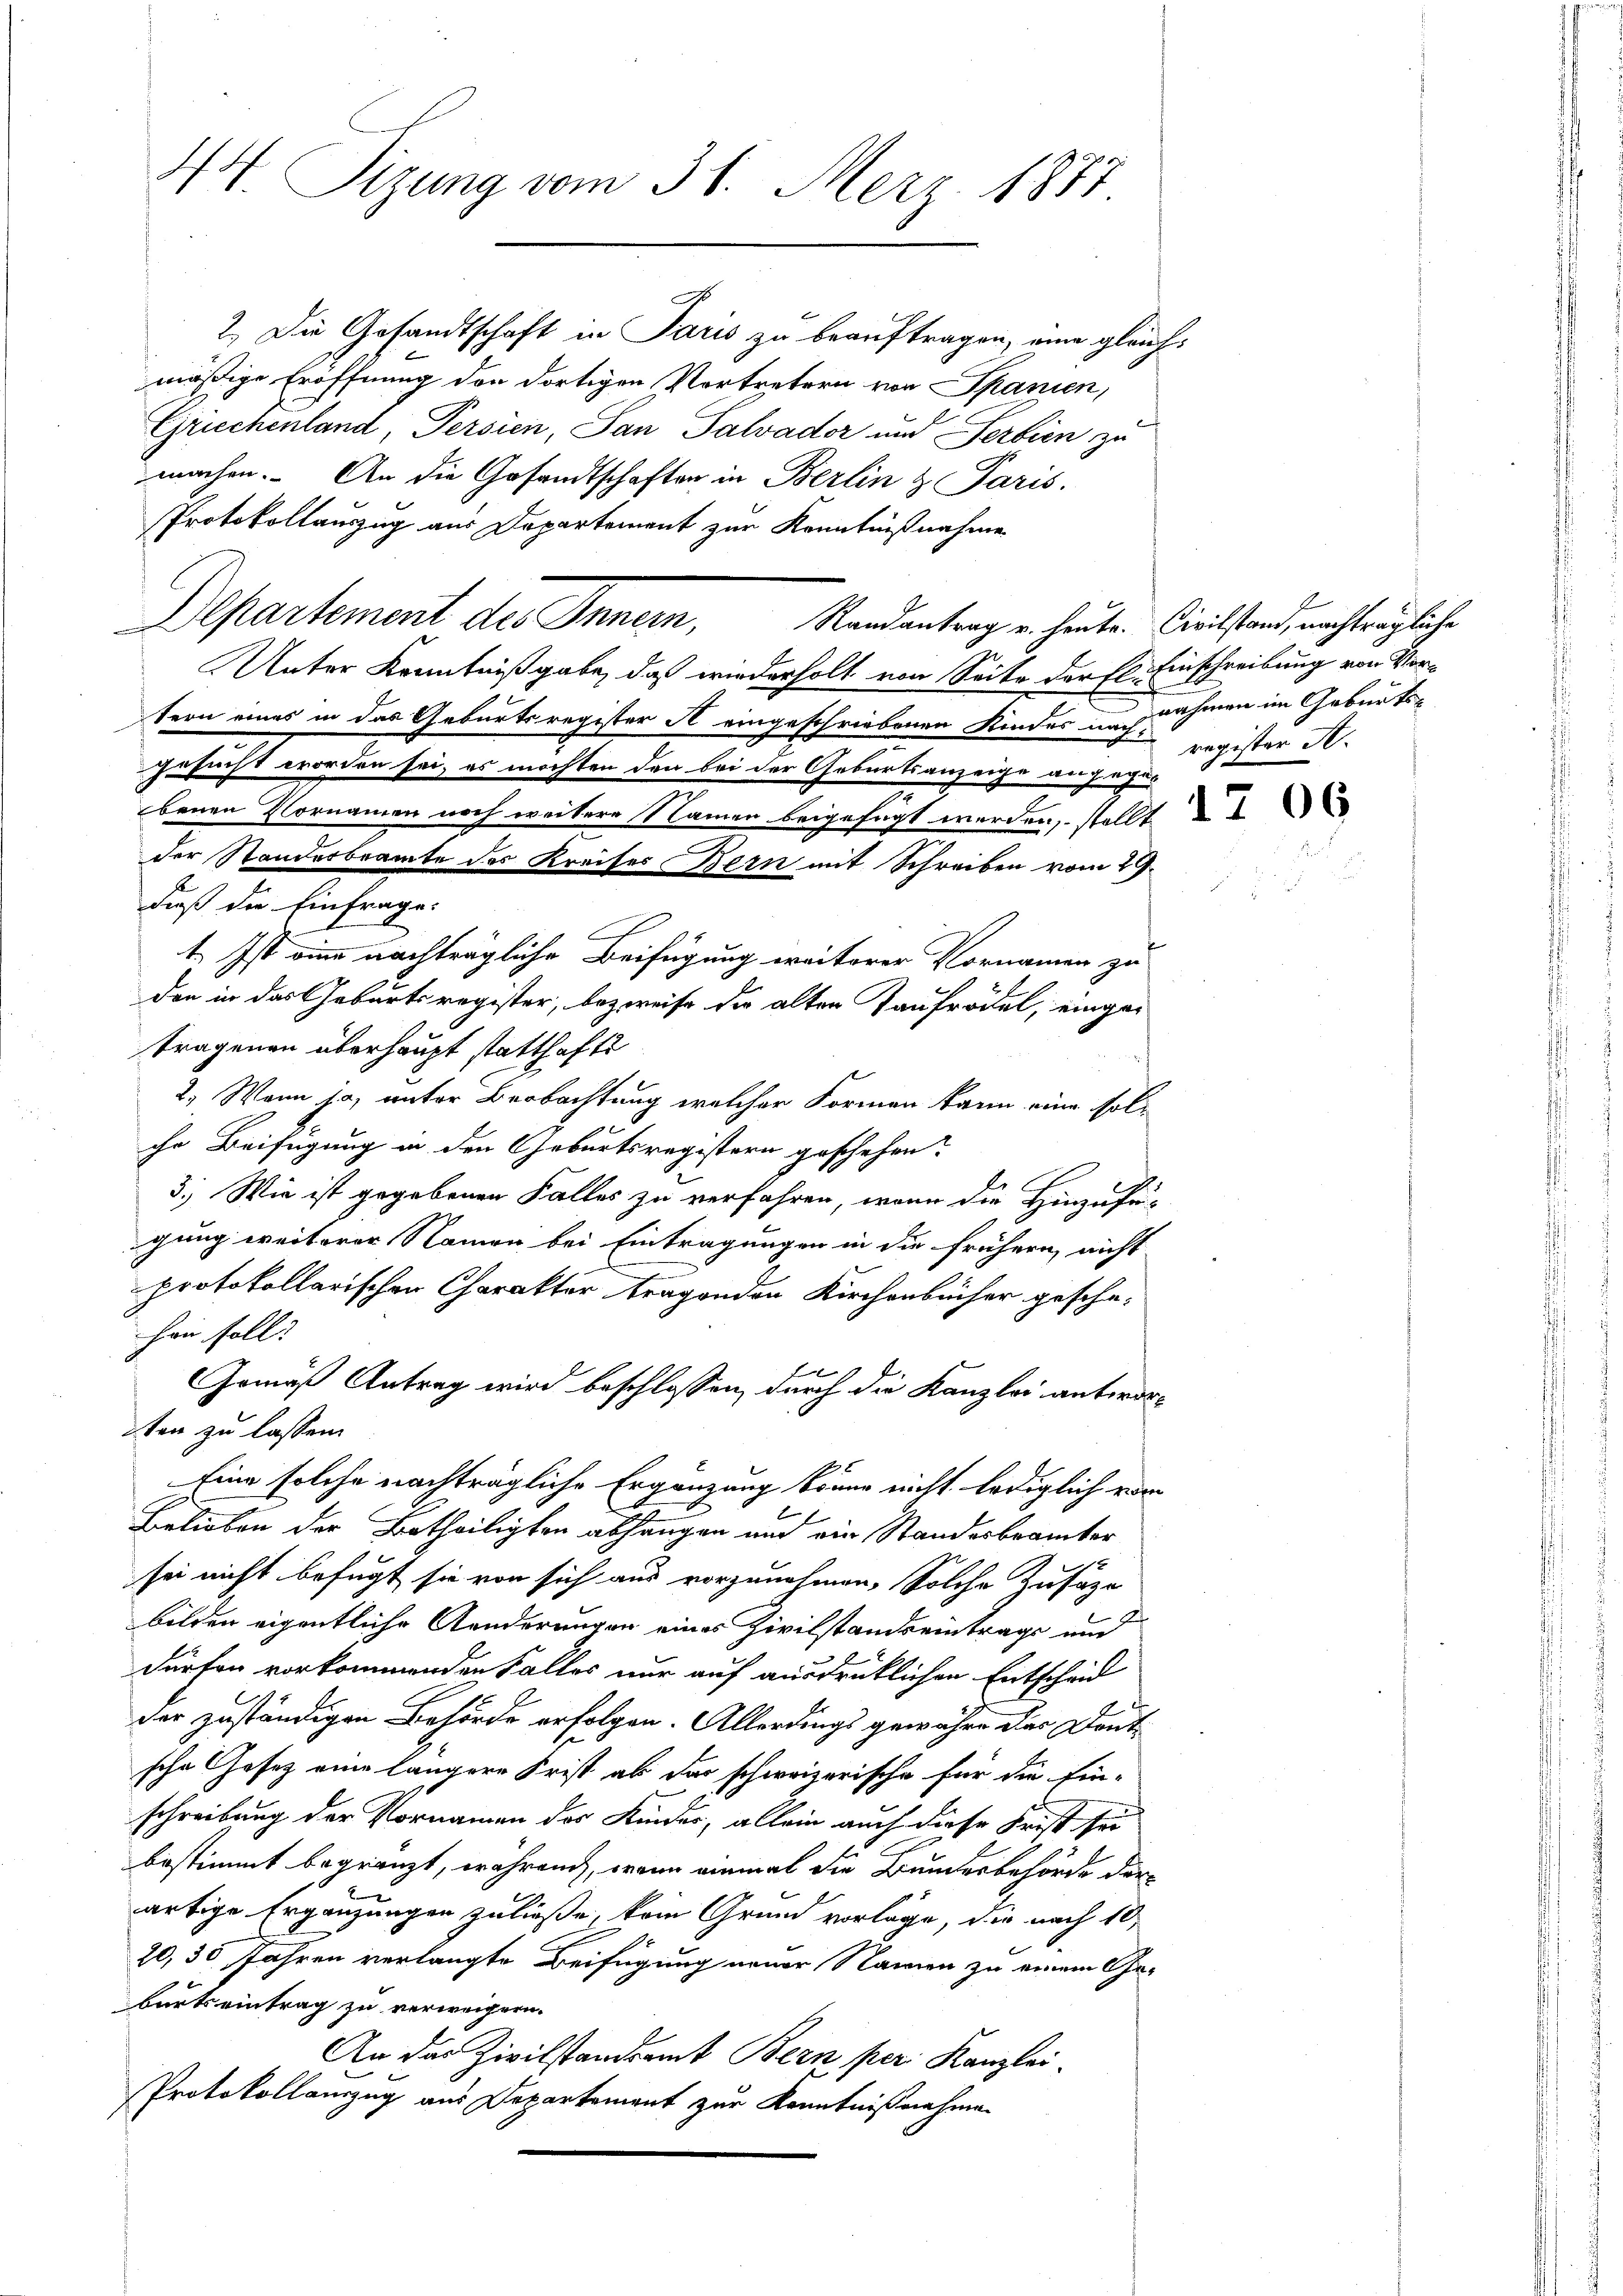
44. Sizung vom 31. Merz 1877

2.) Die Gesandtschaft in Paris zu beauftragen, eine gleichmäßige Eröffnung den dortigen Vortretern von Spanien,
Griechenland, Persien, San Salvader und Serbien zu
machen. An die Gesandtschaften in Berlin & Paris.
Protokollauszug aus Departement zur Kenntnißnahme
Unter Kenntnißgabe, daß wiederholt von Seite der El. Einschreibung von Vortern eines in das Geburtsregister A eingeschriebenen Kinder nachnahmen im Geburts-
gesucht worden sei, es möchten den bei der Geburtsanzeige angegen
benen Vornamen noch weitere Namen beigesagt werden, stellt
der Standesbrante des Kreises Bern mit Schreiben vom 29.
dieß die Einfrage:
1. Ist eine nachträgliche Beifügung ereiterer Vornamen zu
den in das Geburtsregister, bezweife die alten Taufrödel, eingetragenen überhaupt statthafte
2.) Wann ja, unter Beobachtung welcher Formen kann eine solche Beifügung in den Geburtsregistern geschehen.
3.) Wie ist gegebenen Falles zu verfahren, wenn die Hinzufü-
gung weiterer Namen bei Eintragungen in die frühern, nicht
.
protokollarischen Charakter tragenden Kirchenbücher gesche-
han soll.

Gemäß Antrag wird beschlossen, durch die Kanzlei antworten zu lassen.
Eine solche nachträgliche Ergänzung könne nicht lediglich vor
Belieben der Betheiligten abhangen und ein Standesbrämter
sei nicht befugt sie von sich aus vorzunehmen, Solche Zusäze
bilden eigentliche Aenderungen eines Zivilstands eintrags und
dürfen vorkommenden Falles nur auf ausdrüklichen Entscheid
der zuständigen Behörde erfolgen. Allerdings gewähre der Dont-
sche Gesetz eine längere Frist ab das schweizerische für die Ein-
schreibung der Vornamen der Kinder, allein auch diese Frist sei
bestimmt begränzt, während, wenn einmal die Bundesbehörde der
artige Ergänzungen zuließe, kein Grund vorlage, die nach 10,
20, 30 Jahren verlangte Beifügung neuer Namen zu einem Ge-
burtseintrag zu verweigern.
An das Zivilstandsamt Bern per Kanzlei-
Protokollanzug aus Departement zur Kenntnißnahmen

Departement des Inner, Randantrag u. heute Civilstand, nachträgliche

register K.